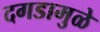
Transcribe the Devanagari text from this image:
दगडामुळे